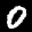
Label: 0